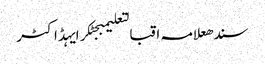
سندھعلامہ اقبالتعلیمبجٹکرایہڈاکٹر